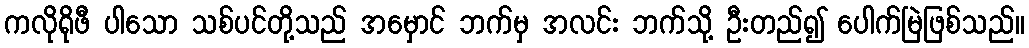
ကလိုရိုဖီ ပါသော သစ်ပင်တို့သည် အမှောင် ဘက်မှ အလင်း ဘက်သို့ ဦးတည်၍ ပေါက်မြဲဖြစ်သည်။